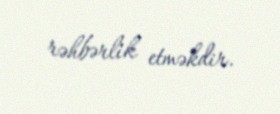
rəhbərlik etməkdir.